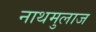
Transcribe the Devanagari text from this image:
नाथमुलाज